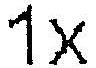
1X